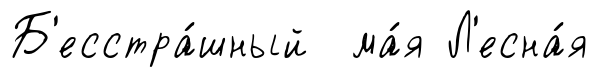
Б'есстра́шный ма́я Л'есна́я